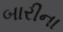
બારીના